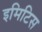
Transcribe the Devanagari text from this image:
इमिटिस